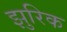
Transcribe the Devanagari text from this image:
झुरिक